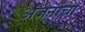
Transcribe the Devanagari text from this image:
अंजनीचा